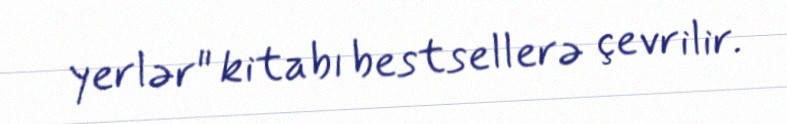
yerlər" kitabı bestsellerə çevrilir.